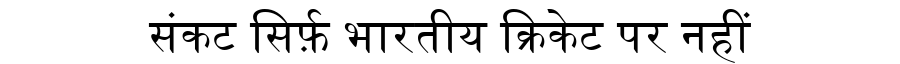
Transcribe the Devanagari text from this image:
संकट सिर्फ़ भारतीय क्रिकेट पर नहीं